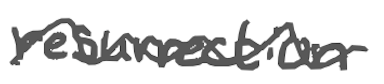
Text: resurrection
Cross-out: mix
Writing tool: digital_gray